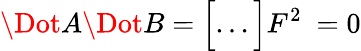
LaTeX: \Dot{A}\Dot{B}=\Big[...\Big]F^{2}\ =0